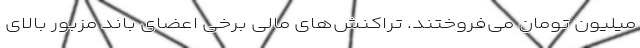
میلیون تومان می‌فروختند. تراکنش‌های مالی برخی اعضای باند مزبور بالای